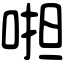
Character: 𠵆